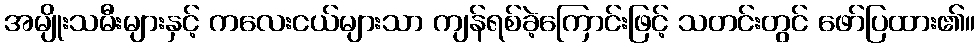
အမျိုးသမီးများနှင့် ကလေးငယ်များသာ ကျန်ရစ်ခဲ့ကြောင်းဖြင့် သတင်းတွင် ဖော်ပြထား၏။